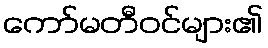
ကော်မတီဝင်များ၏